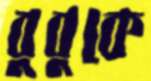
বুবুকে